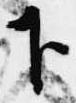
下